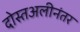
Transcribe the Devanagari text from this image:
दोस्तअलीनंतर